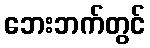
ဘေးဘက်တွင်